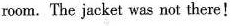
room.The jacket was not there!